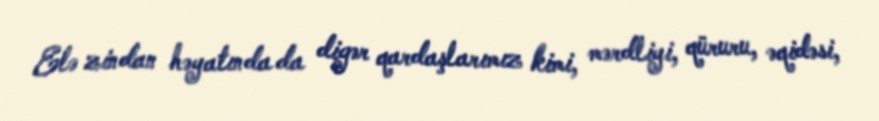
Elə zindan həyatında da digər qardaşlarımız kimi, mərdliyi, qüruru, əqidəsi,